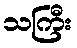
သကြီး